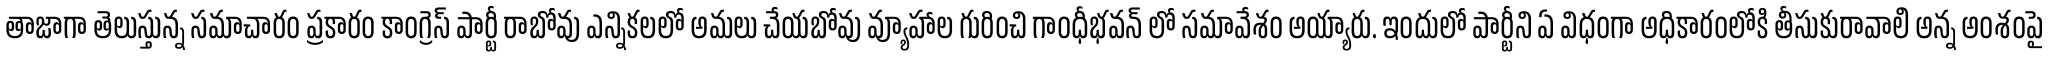
తాజాగా తెలుస్తున్న సమాచారం ప్రకారం కాంగ్రెస్ పార్టీ రాబోవు ఎన్నికలలో అమలు చేయబోవు వ్యూహాల గురించి గాంధీభవన్ లో సమావేశం అయ్యారు. ఇందులో పార్టీని ఏ విధంగా అధికారంలోకి తీసుకురావాలి అన్న అంశంపై